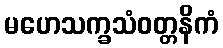
မဟေသက္ခသံဝတ္တနိကံ